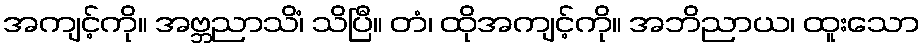
အကျင့်ကို။ အဗ္ဘညာသိံ၊ သိပြီ။ တံ၊ ထိုအကျင့်ကို။ အဘိညာယ၊ ထူးသော